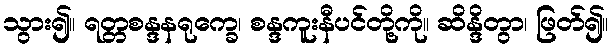
သွား၍။ ရတ္တစန္ဒနရုက္ခေ၊ စန္ဒကူးနီပင်တို့ကို။ ဆိန္ဒိတွာ၊ ဖြတ်၍။